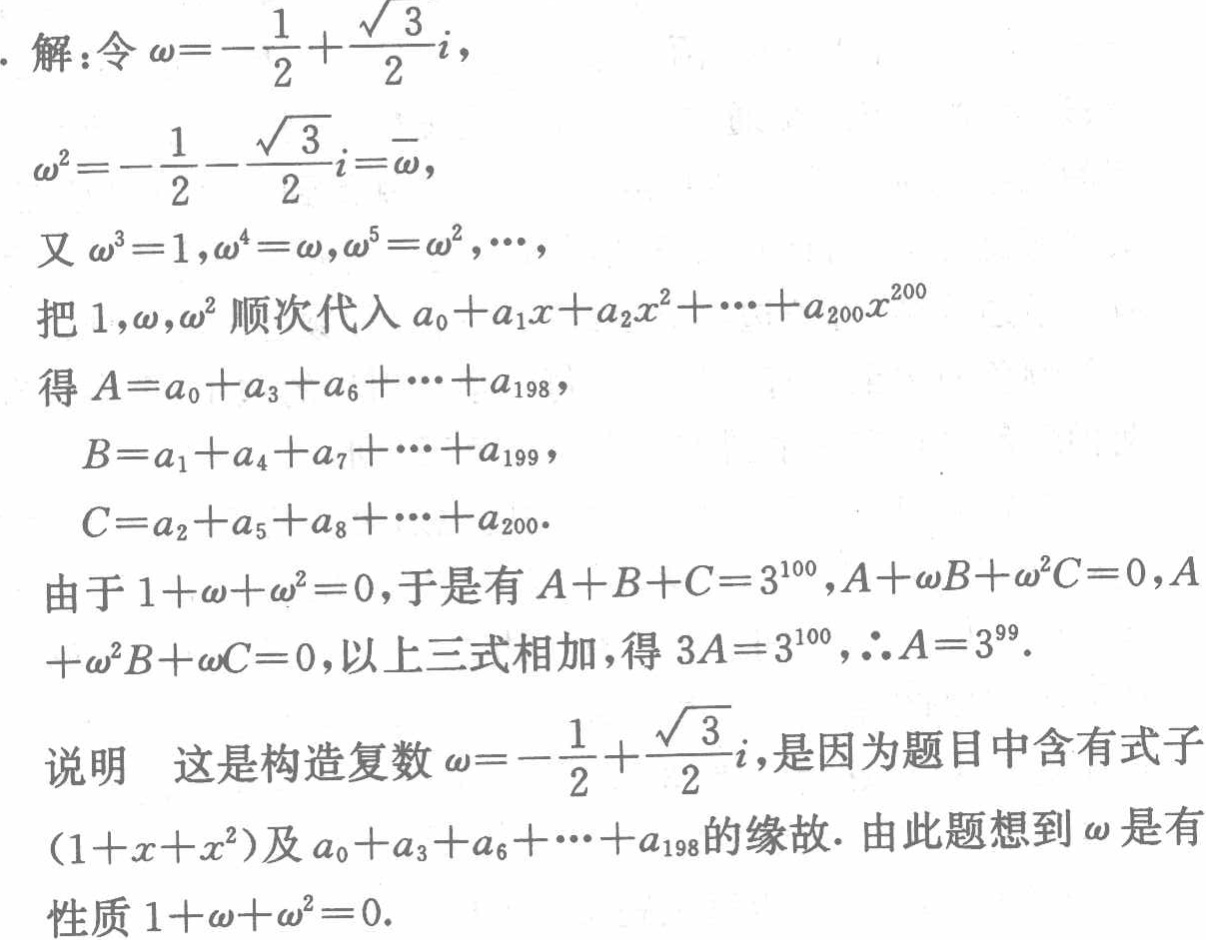
解：令\(\omega =-\frac{1}{2}+\frac{\sqrt{3}}{2}i\)，

\(\omega ^{2}=-\frac{1}{2}-\frac{\sqrt{3}}{2}i = \overline{\omega}\)，

又\(\omega ^{3}=1,\omega ^{4}=\omega,\omega ^{5}=\omega ^{2},\cdots\)，

把\(1,\omega,\omega ^{2}\)顺次代入\(a_{0}+a_{1}x + a_{2}x^{2}+\cdots + a_{200}x^{200}\)

得\(A = a_{0}+a_{3}+a_{6}+\cdots + a_{198}\)，

\(B = a_{1}+a_{4}+a_{7}+\cdots + a_{199}\)，

\(C = a_{2}+a_{5}+a_{8}+\cdots + a_{200}\).

由于\(1+\omega+\omega ^{2}=0\)，于是有\(A + B + C = 3^{100},A+\omega B+\omega ^{2}C = 0,A\)

\(+\omega ^{2}B+\omega C = 0\)，以上三式相加，得\(3A = 3^{100},\therefore A = 3^{99}\).

说明 这是构造复数\(\omega =-\frac{1}{2}+\frac{\sqrt{3}}{2}i\)，是因为题目中含有式子

\((1 + x + x^{2})\)及\(a_{0}+a_{3}+a_{6}+\cdots + a_{198}\)的缘故. 由此题想到\(\omega\)是有

性质\(1+\omega+\omega ^{2}=0\).